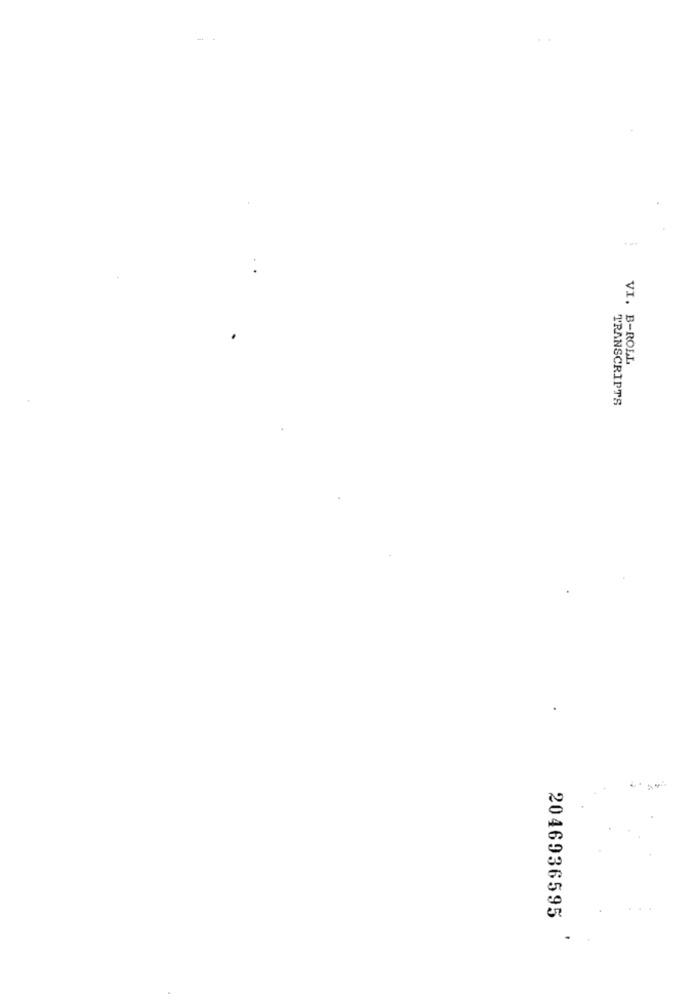
VI. B-ROLL
TRANSCRIPTS
2046936595